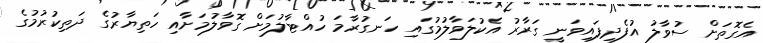
އެގޮތަށް ސުވާލު އުފެދިފައިވަނީ ގަރާރު އެކުލަވާލުމުގައި ހަނގުރާމަ ހުއްޓާލުމަށް ގޮވާލުމަށާއި ހަތިޔާރުގެ ދަތިކުރުމުގެ